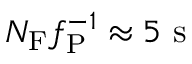
N _ { \mathrm { F } } f _ { \mathrm { P } } ^ { - 1 } \approx 5 ~ \mathrm { s }